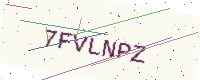
Text: 7FVLNPZ